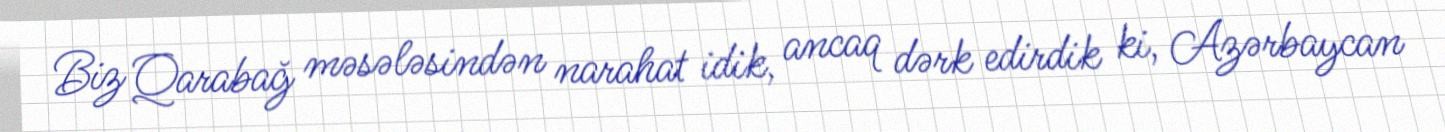
Biz Qarabağ məsələsindən narahat idik, ancaq dərk edirdik ki, Azərbaycan